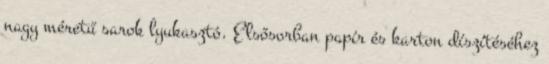
nagy méretű sarok lyukasztó. Elsősorban papír és karton díszítéséhez